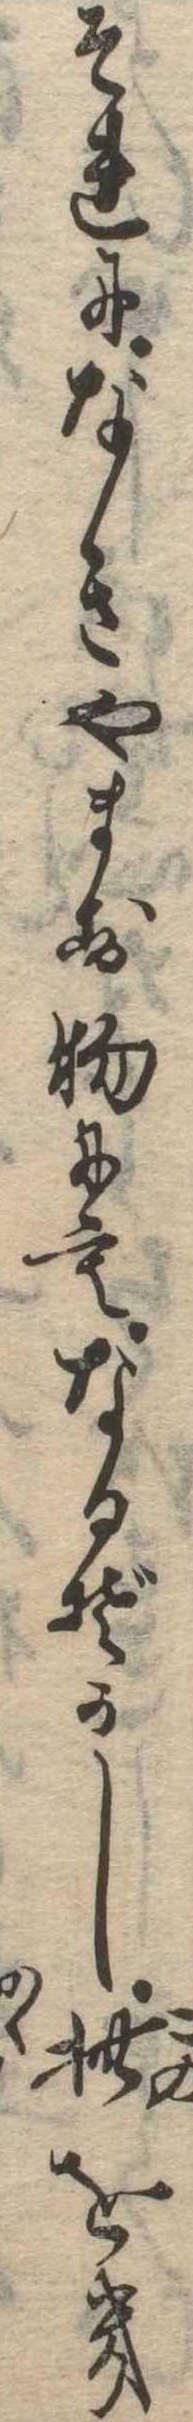
それになきやます物にもなるぞかし此をき